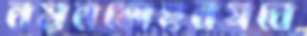
নয়নমোহনগবে